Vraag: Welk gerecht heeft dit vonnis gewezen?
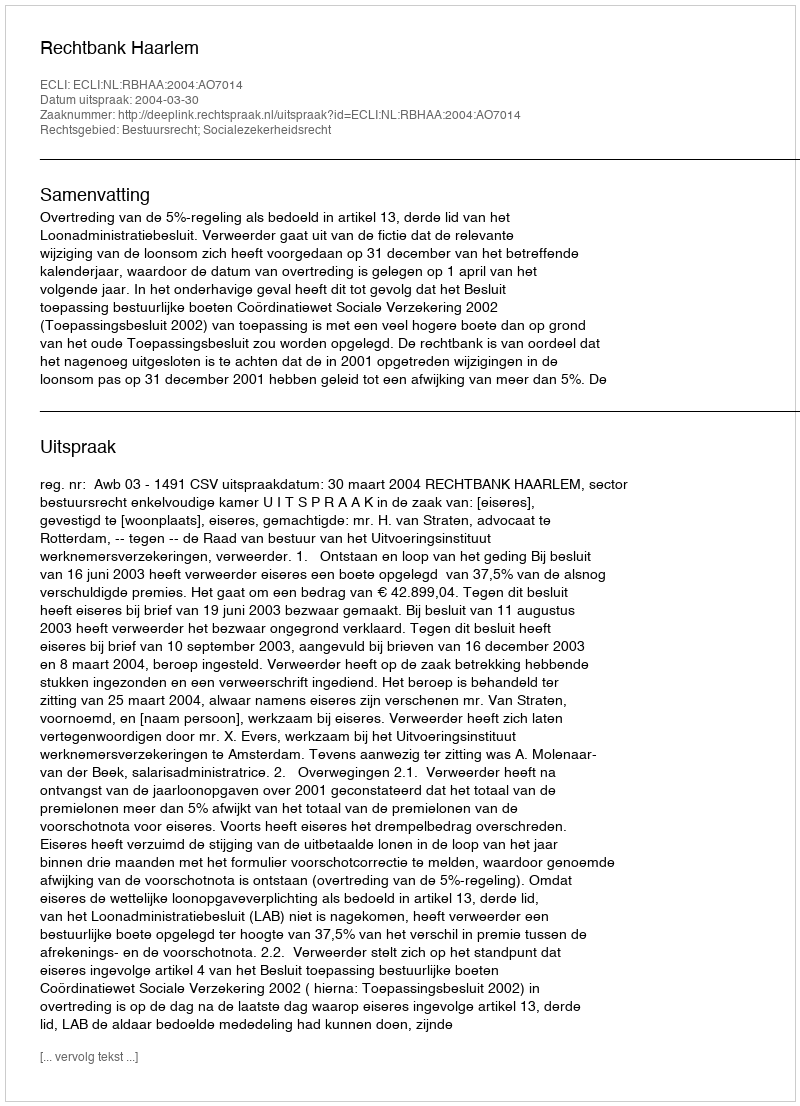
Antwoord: Rechtbank Haarlem